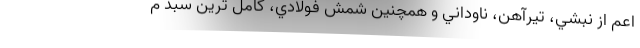
اعم از نبشي، تيرآهن، ناوداني و همچنين شمش فولادي، كامل ترين سبد م